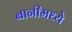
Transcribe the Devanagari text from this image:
बानीमध्ये